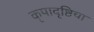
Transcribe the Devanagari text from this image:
कृपादृष्टिचा